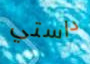
داستي